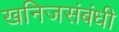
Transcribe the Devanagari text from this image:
खनिजसंबंधी